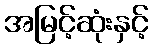
အမြင့်ဆုံးနှင့်